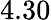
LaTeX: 4.30